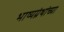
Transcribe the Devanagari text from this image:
भाष्यग्रंथांच्या